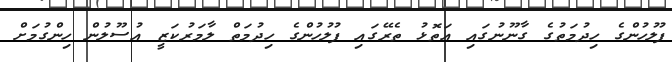
ފުލުހުންގެ ހިދުމަތުގެ ގާނޫނުުގައި އަތޮޅު ތެރޭގައި ފުލުހުންގެ ހިދުމަތް ލާމަރުކަޒީ އުސޫލުން ހިންގުމަށް